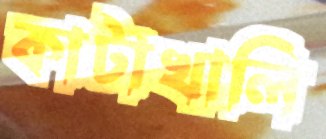
কাটাখালি